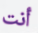
أنت